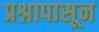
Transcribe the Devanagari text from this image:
प्रश्नापासून